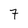
Character: 7